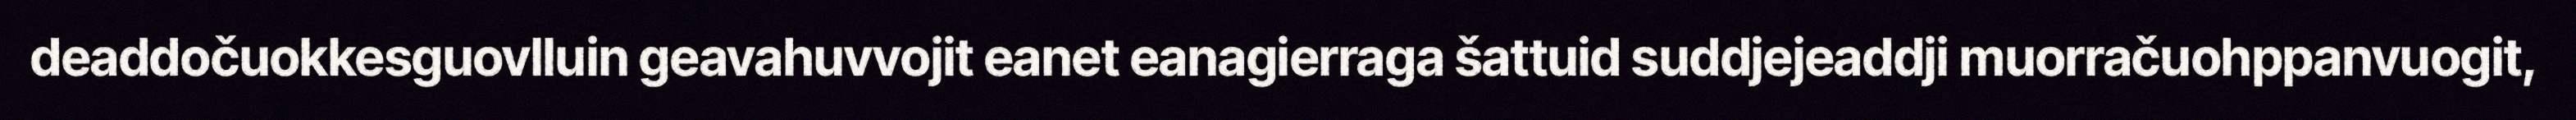
deaddočuokkesguovlluin geavahuvvojit eanet eanagierraga šattuid suddjejeaddji muorračuohppanvuogit,